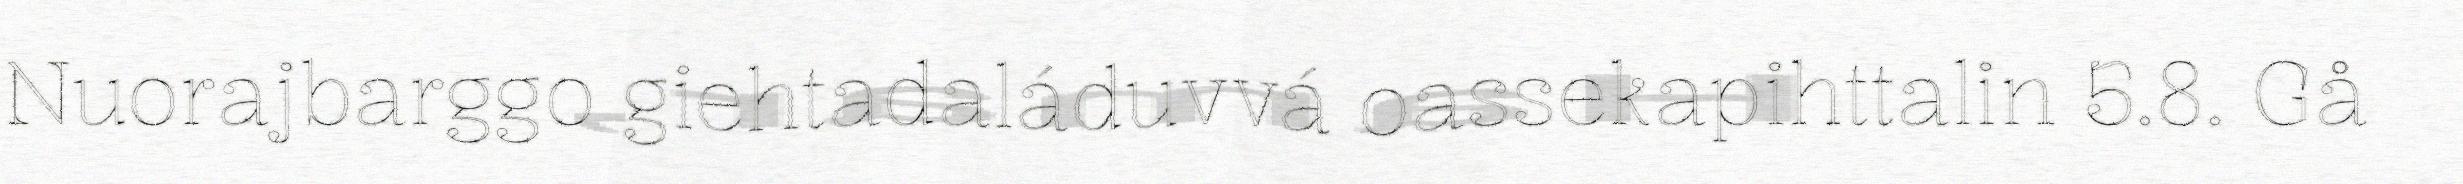
Nuorajbarggo giehtadaláduvvá oassekapihttalin 5.8. Gå